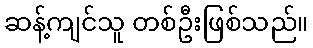
ဆန့်ကျင်သူ တစ်ဦးဖြစ်သည်။